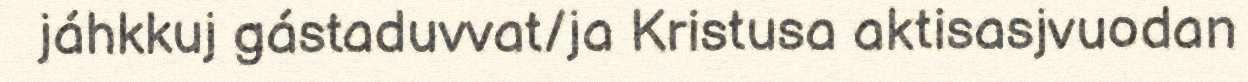
jáhkkuj gástaduvvat/ja Kristusa aktisasjvuodan